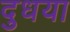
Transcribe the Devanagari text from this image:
दुधया